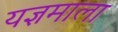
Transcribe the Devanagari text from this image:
यज्ञमाला